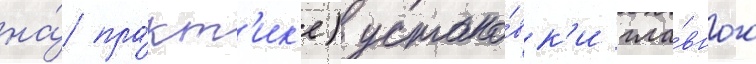
на́ пра́кт'ик'е) устано́вк'и гла́вного